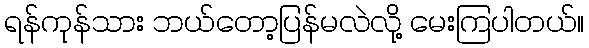
ရန်ကုန်သား ဘယ်တော့ပြန်မလဲလို့ မေးကြပါတယ်။